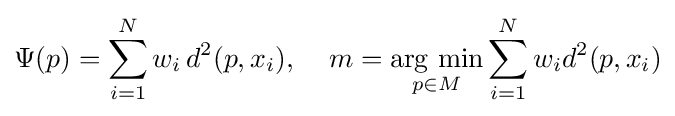
\Psi (p)=\sum _{i=1}^{N}w_{i}\,d^{2}(p,x_{i}),\;\;\;\;m=\mathop {\text{arg min}} _{p\in M}\sum _{i=1}^{N}w_{i}d^{2}(p,x_{i})